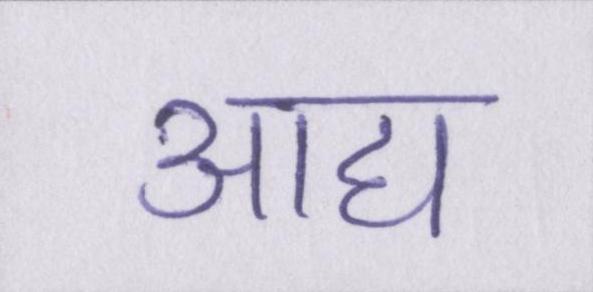
आद्य